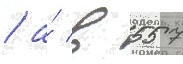
/ а́ в 557